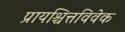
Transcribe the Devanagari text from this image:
प्रायश्चित्तविवेक